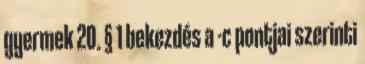
gyermek 20. § 1 bekezdés a -c pontjai szerinti